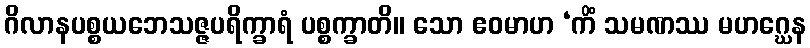
ဂိလာနပစ္စယဘေသဇ္ဇပရိက္ခာရံ ပစ္စက္ခာတိ။ သော ဧဝမာဟ ‘ကိံ သမဏဿ မဟဂ္ဃေန